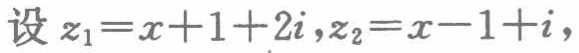
设 \(z_{1}=x + 1 + 2i,z_{2}=x - 1 + i,\)